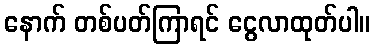
နောက် တစ်ပတ်ကြာရင် ငွေလာထုတ်ပါ။